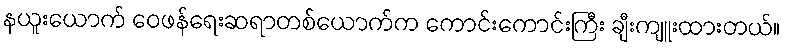
နယူးယောက် ဝေဖန်ရေးဆရာတစ်ယောက်က ကောင်းကောင်းကြီး ချီးကျူးထားတယ်။